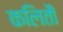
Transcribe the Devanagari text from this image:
कलितौ